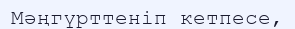
Мәңгүрттеніп кетпесе,